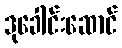
ဒုခေါင်းဆောင်